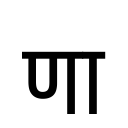
OCR:
णा